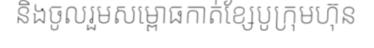
និងចូលរួមសម្ពោធកាត់ខ្សែបូក្រុមហ៊ុន